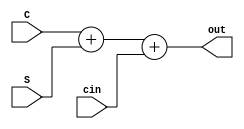
`timescale 1ns / 1ps

module adder_64(
    input   [63: 0]     C,
    input   [63: 0]     S,
    input               cin,
    output  [63: 0]     out
);
    assign out = C + S + {63'b0,cin};
endmodule